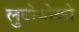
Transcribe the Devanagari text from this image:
लुदोवोको